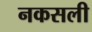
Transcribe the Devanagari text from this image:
नकसली